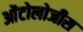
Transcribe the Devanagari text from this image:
ओंटोलोजीस